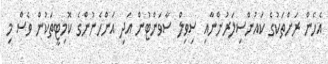
އެހެން ރަށްތަކުގެ ކައުންސިލަރުންނާއި ސިވިލް ސާވަންޓުން އަދި އަންހެނުންގެ ކޮމިޓީތަކުން ވެސް މި